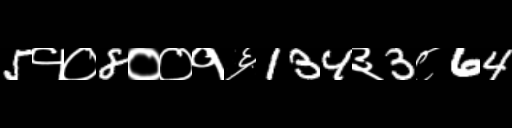
Text: 5१०8००१६134३3८64